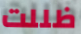
ظللت